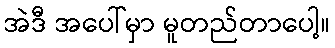
အဲဒီ အပေါ်မှာ မူတည်တာပေါ့။